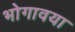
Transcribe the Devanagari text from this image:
भोगावया